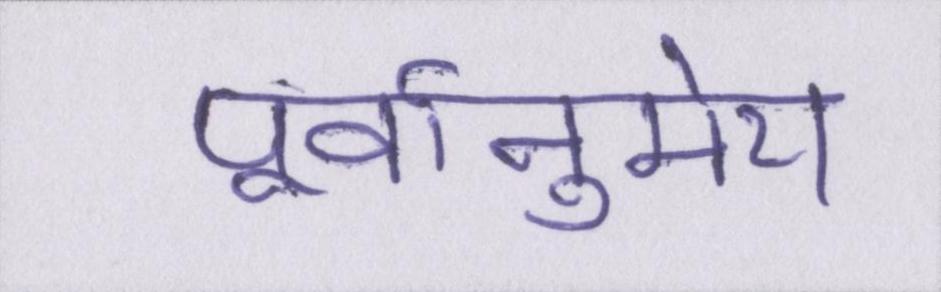
पूर्वानुमेय